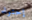
إحتواء